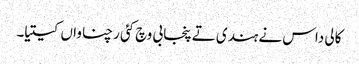
کالی داس نے ہندی تے پنجابی وچ کئی رچناواں کیتیا۔